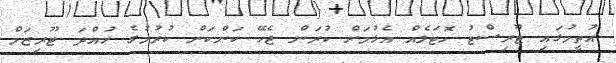
އުތީމުގައި ޓޫރިސްޓު ހޮޓަލެއް އެޅުމަށް ކުރަން ޖެހޭ ކަންކަން ކުރުމުގެ ހުއްދަ ޓޫރިޒަމް